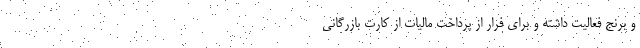
و برنج فعالیت داشته و برای فرار از پرداخت مالیات از کارت بازرگانی